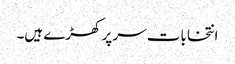
انتخابات سر پر کھڑے ہیں۔